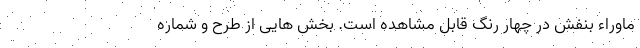
ماوراء بنفش در چهار رنگ قابل مشاهده است. بخش هایی از طرح و شماره